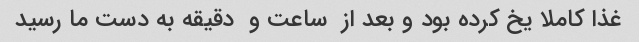
غذا کاملا یخ کرده بود و بعد از  ساعت و  دقیقه به دست ما رسید